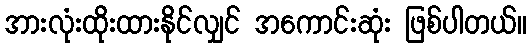
အားလုံးထိုးထားနိုင်လျှင် အကောင်းဆုံး ဖြစ်ပါတယ်။